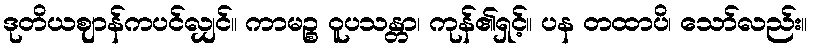
ဒုတိယဈာန်ကပင်လျှင်။ ကာမဉ္စ ဝူပသန္တာ၊ ကုန်၏ရှင့်။ ပန တထာပိ၊ သော်လည်း။